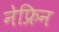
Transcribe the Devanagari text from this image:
नेफ्रिन